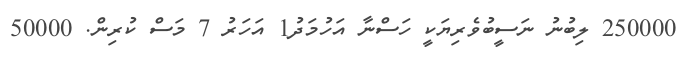
250000 ލިބުނު ނަސީބުވެރިޔަކީ ހަސްނާ އަހުމަދު1 އަހަރު 7 މަސް ކުރިން. 50000